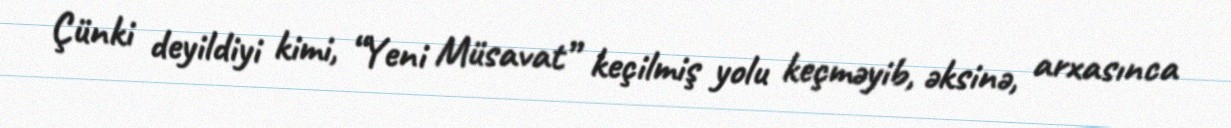
Çünki deyildiyi kimi, “Yeni Müsavat” keçilmiş yolu keçməyib, əksinə, arxasınca